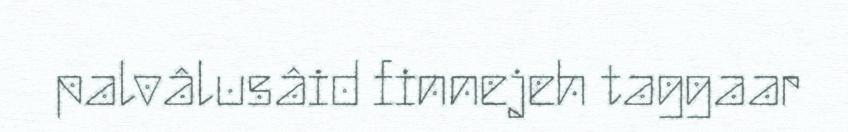
palvâlusâid finnejeh taggaar